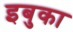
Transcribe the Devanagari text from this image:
इबुका